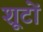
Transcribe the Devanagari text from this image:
शूटों